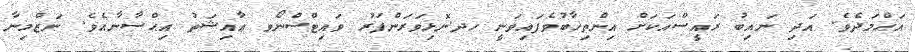
އަޙްމަދެވެ. އަދި ނައިބު ރައީސްއަކަށް އިންތިޚާބުވެފައިވަނީ ހދ.ނޮޅިވަރަންފަރު ވައިޓްސްނޯވ ޢާއިޝަތު އިޙްސާނާއެވެ. ނަޒްމިނާ